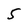
Character: 5